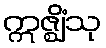
ဣဇ္ဈိံသု